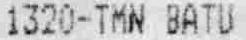
1320-TMN BATU